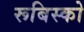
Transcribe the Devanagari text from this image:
रूबिस्को